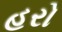
હરો